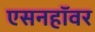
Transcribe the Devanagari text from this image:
एसनहॉवर